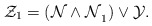
\begin{align*}\mathcal Z_1=\mathcal{(N\wedge N}_1)\vee\mathcal Y\ldotp\end{align*}